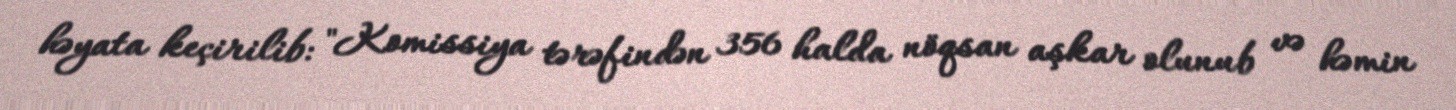
həyata keçirilib: "Komissiya tərəfindən 356 halda nöqsan aşkar olunub və həmin